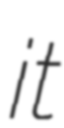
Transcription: it